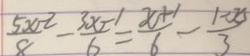
\frac { 5 x - 2 } { 8 } - \frac { 3 x - 1 } { 6 } = \frac { x + 1 } { 6 } - \frac { 1 - x } { 3 }